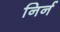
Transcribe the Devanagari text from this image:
निर्न